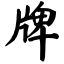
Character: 牌